Language: tamil
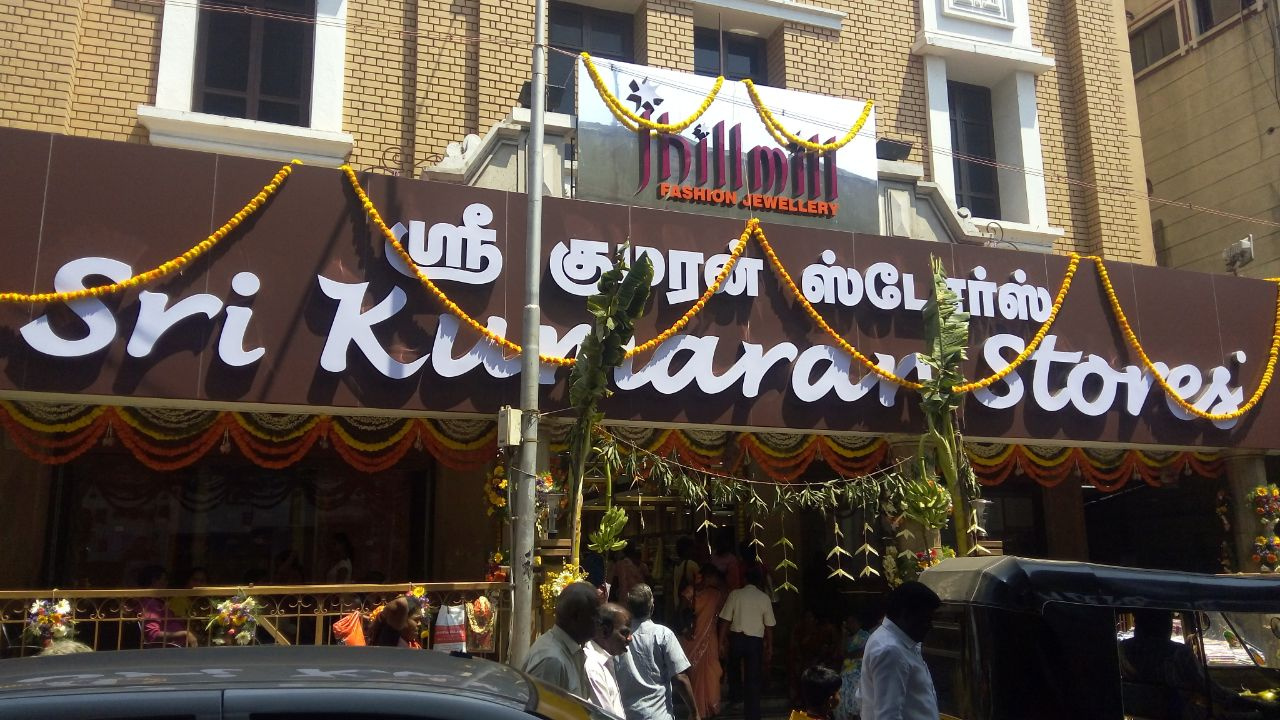
Transcription: ஸ்டோர்ஸ் ர